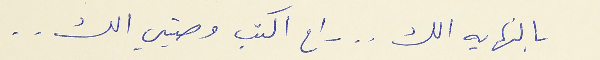
بالنهايه الك . . راح اكتب وصيتي الك . .